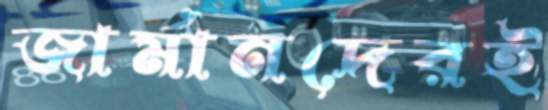
জার্মানদেরই